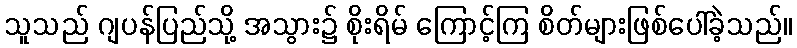
သူသည် ဂျပန်ပြည်သို့ အသွား၌ စိုးရိမ် ကြောင့်ကြ စိတ်များဖြစ်ပေါ်ခဲ့သည်။